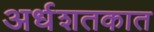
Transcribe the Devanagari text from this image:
अर्धशतकात